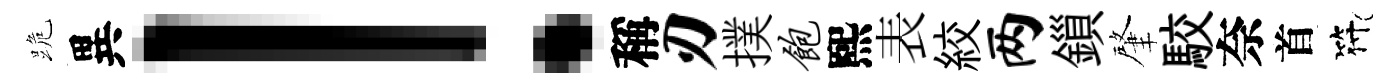
跪異！稱刃撲饱熙表絞两鎻肇駮奈首符